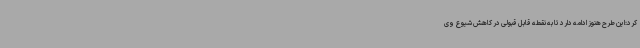
کرد:این طرح هنوز ادامه دارد تا به نقطه قابل قبولی در کاهش شیوع وی